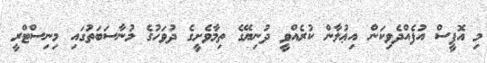
މި އޮފީސް އުފެއްދެވިކަން އިޢުލާން ކުރެއްވީ ދުނިޔޭގެ ތިމާވެށީގެ ދުވަހުގެ މުނާސަބަތުގައި މިނިސްޓްރީ